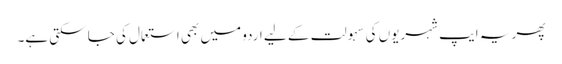
پھر یہ ایپ شہریوں کی سہولت کے لیے اردو میں بھی استعمال کی جا سکتی ہے۔